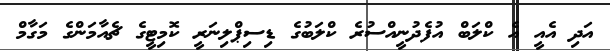
އަދި އެއީ އެ ކްލަބް އުފެދުނީއްސުރެ ކްލަބުގެ ޑިސިޕްލިނަރީ ކޮމިޓީގެ ޗެއާމަންގެ މަގާމް